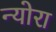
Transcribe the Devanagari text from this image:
न्योरा